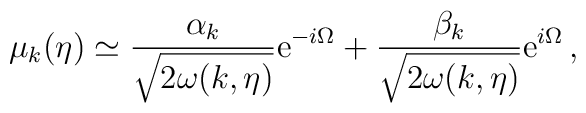
\mu _k(\eta )\simeq \frac{\alpha _k}{\sqrt{2\omega (k,\eta )}}{\rm e}^{-i\Omega }+\frac{\beta _k}{\sqrt{2\omega (k,\eta )}}{\rm e}^{i\Omega }\, ,